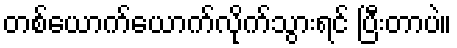
တစ်ယောက်ယောက်လိုက်သွားရင် ပြီးတာပဲ။